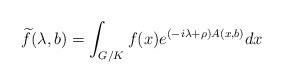
LaTeX: \begin{align*} \widetilde{f}(\lambda,b) = \int_{G/K} f(x) e^{(-i\lambda+\rho)A(x,b)} dx \end{align*}